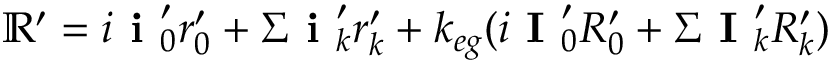
\mathbb { R } ^ { \prime } = i \textbf { i } _ { 0 } ^ { \prime } r _ { 0 } ^ { \prime } + \Sigma \textbf { i } _ { k } ^ { \prime } r _ { k } ^ { \prime } + k _ { e g } ( i \textbf { I } _ { 0 } ^ { \prime } R _ { 0 } ^ { \prime } + \Sigma \textbf { I } _ { k } ^ { \prime } R _ { k } ^ { \prime } )